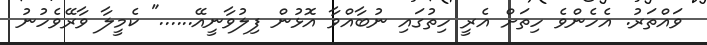
ވައްތަރު. އެހެންވެ ހިތަށް އެރީ ހިތުގައި ނުބާއްވާ އޮޅުން ފިލުވާނީއޭ......" ކެމީލާ ވާރޭވެހުނު